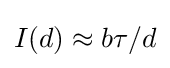
I(d)\approx b\tau /d